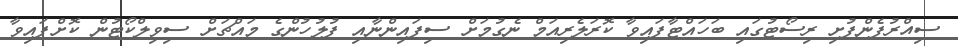
ސިއްރުފެންފުށި ރިސޯޓުގައި ބަހައްޓާފައިވާ ކޮރަލެރިއަމް ނެގުމަށް ސިފައިންނާއި ފުލުހުންގެ މައްޗަށް ސިވިލްކޯޓުން ކޮށްފައިވާ